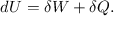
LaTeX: d U = \delta W + \delta Q .